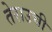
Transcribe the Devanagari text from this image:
तेराउची